Annual report of the Punjab Veterinary College and of the Civil Veterinary Department, Punjab - 1909-1919
Year: 1909
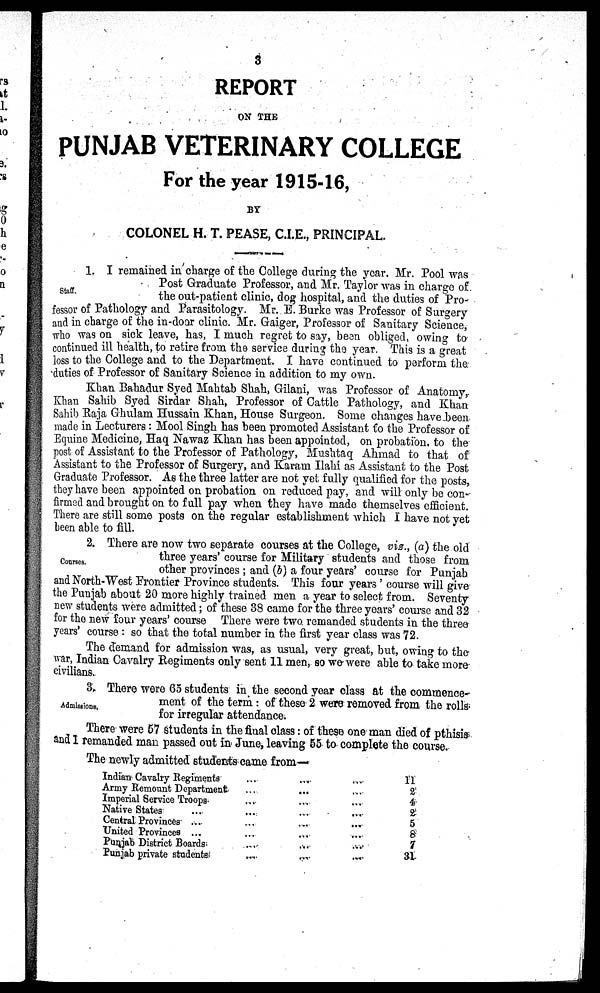
3
REPORT
ON THE
PUNJAB VETERINARY COLLEGE
For the year 1915-16,
BY
COLONEL H. T. PEASE, C.I.E., PRINCIPAL.
Staff.
1. I remained in charge of the College during the year. Mr. Pool was
Post Graduate Professor, and Mr. Taylor was in charge of
the out-patient clinic, dog hospital, and the duties of Pro-
fessor of Pathology and Parasitology. Mr. E. Burke was Professor of Surgery
and in charge of the in-door clinic. Mr. Gaiger, Professor of Sanitary Science,
who was on sick leave, has, I much regret to say, been obliged, owing to
continued ill health, to retire from the service during the year. This is a great
loss to the College and to the Department. I have continued to perform the
duties of Professor of Sanitary Science in addition to my own.
Khan Bahadur Syed Mahtab Shah, Gilani, was Professor of Anatomy,
Khan Sahib Syed Sirdar Shah, Professor of Cattle Pathology, and Khan
Sahib Raja Ghulam Hussain Khan, House Surgeon. Some changes have been
made in Lecturers: Mool Singh has been promoted Assistant to the Professor of
Equine Medicine, Haq Nawaz Khan has been appointed, on probation to the
post of Assistant to the Professor of Pathology, Mushtaq Ahmad to that of
Assistant to the Professor of Surgery, and Karam Ilahi as Assistant to the Post
Graduate Professor. As the three latter are not yet fully qualified for the posts,
they have been appointed on probation on reduced pay, and will only be con-
firmed and brought on to full pay when they have made themselves efficient.
There are still some posts on the regular establishment which I have not yet
been able to fill.
Courses.
2. There are now two separate courses at the College, vis., (a) the old
three years' course for Military students and those from
other provinces; and (b) a four years' course for Punjab
and North-West Frontier Province students. This four years' course will give
the Punjab about 20 more highly trained men a year to select from. Seventy-
new students were admitted; of these 38 came for the three years' course and 32
for the new four years' course There were two remanded students in the three
years' course: so that the total number in the first year class was 72.
The demand for admission was, as usual, very great, but, owing to the
war, Indian Cavalry Regiments only sent 11 men, so we were able to take more
civilians.
Admissions.
3. There were 65 students in the second year class at the commence-
ment of the term: of these 2 were removed from the rolls
for irregular attendance.
There were 57 students in the final class: of these one man died of pthisis
and I remanded man passed out in June, leaving 55 to complete the course.
The newly admitted students came from—
Indian Cavalry Regiments ... ... ...
Army Remount Department ... ... ...
Imperial Service Troops ... ... ...
Native States ... ... ...
Central Provinces ... ... ...
United Provinces ... ... ... ...
Punjab District Boards ... ... ...
Punjab private students ... ... ...
11
2
4
2
5
8
7
31